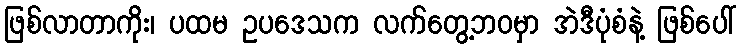
ဖြစ်လာတာကိုး၊ ပထမ ဥပဒေသက လက်တွေ့ဘဝမှာ အဲဒီပုံစံနဲ့ ဖြစ်ပေါ်